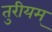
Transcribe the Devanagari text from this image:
तुरीयम्‌